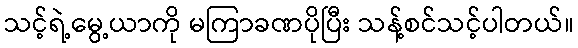
သင့်ရဲ့မွေ့ယာကို မကြာခဏပိုပြီး သန့်စင်သင့်ပါတယ်။